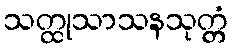
သတ္ထုသာသနသုတ္တံ